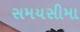
સમયસીમા